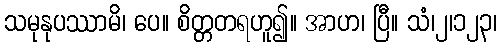
သမုနုပဿာမိ၊ ပေ။ စိတ္တတရဟူ၍။ အာဟ၊ ပြီ။ သံ၊၂၊၁၂၃၊